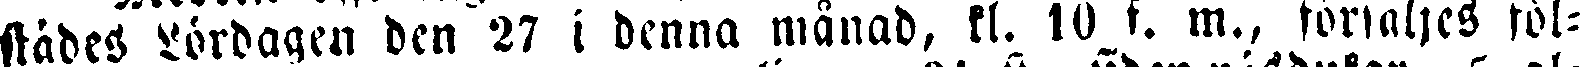
skädes lördagen den 27 i denna månad, kl. 10 f. m., försäljes föl-